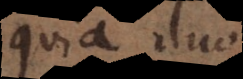
quia duo